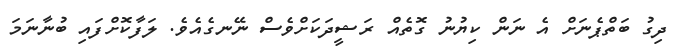
ދިގު ބަތްޕެނަށް އެ ނަން ކިޔުނު ގޮތެއް ރަޝީދަކަށްވެސް ނޭނގެއެވެ. ލަފާކޮށްފައި ބުނާނަމަ